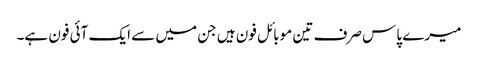
میرے پاس صرف تین موبائل فون ہیں جن میں سے ایک آئی فون ہے۔